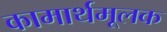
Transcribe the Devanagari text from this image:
कामार्थमूलक